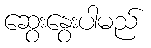
ဆွေးနွေးပါမည်